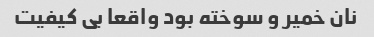
نان خمیر و سوخته بود واقعا بی کیفیت